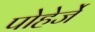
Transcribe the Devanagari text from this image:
पोहेर्जे